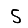
Digit: 5